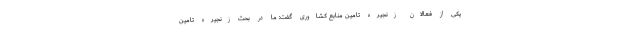
یکی از فعالان زنجیره تامین منابع کشاوری گفت: ما در بحث زنجیره تامین